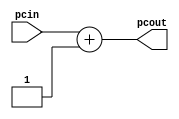
module pcplus1(pcout,pcin);
	input[6:0] pcin;
	output [6:0] pcout;
	
	assign pcout = pcin + 7'b1;
endmodule